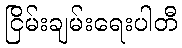
ငြိမ်းချမ်းရေးပါတီ